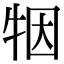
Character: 㸶